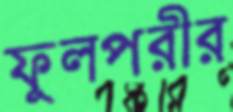
ফুলপরীর